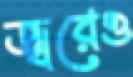
জ্বরেও